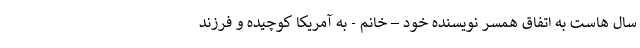
سال هاست به اتفاق همسر نویسنده خود – خانم - به آمریکا کوچیده و فرزند